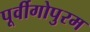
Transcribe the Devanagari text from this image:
पूर्वीगोपुरम